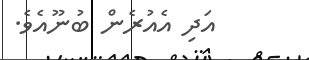
އަދި އެއުރެން ބުނޫއެވެ.